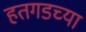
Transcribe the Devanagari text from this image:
हतगडच्या